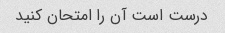
درست است آن را امتحان کنید